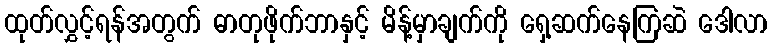
ထုတ်လွှင့်ရန်အတွက် ဓာတုဖိုက်ဘာနှင့် မိန့်မှာချက်ကို ရှေ့ဆက်နေကြဆဲ ဒေါလာ